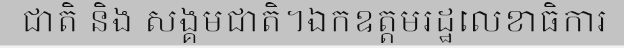
ជាតិ និង សង្គមជាតិ។ឯកឧត្តមរដ្ឋលេខាធិការ